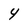
Character: 4